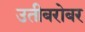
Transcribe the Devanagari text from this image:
उतीबरोबर